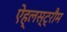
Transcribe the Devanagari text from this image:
ऐह्लस्ट्रौम